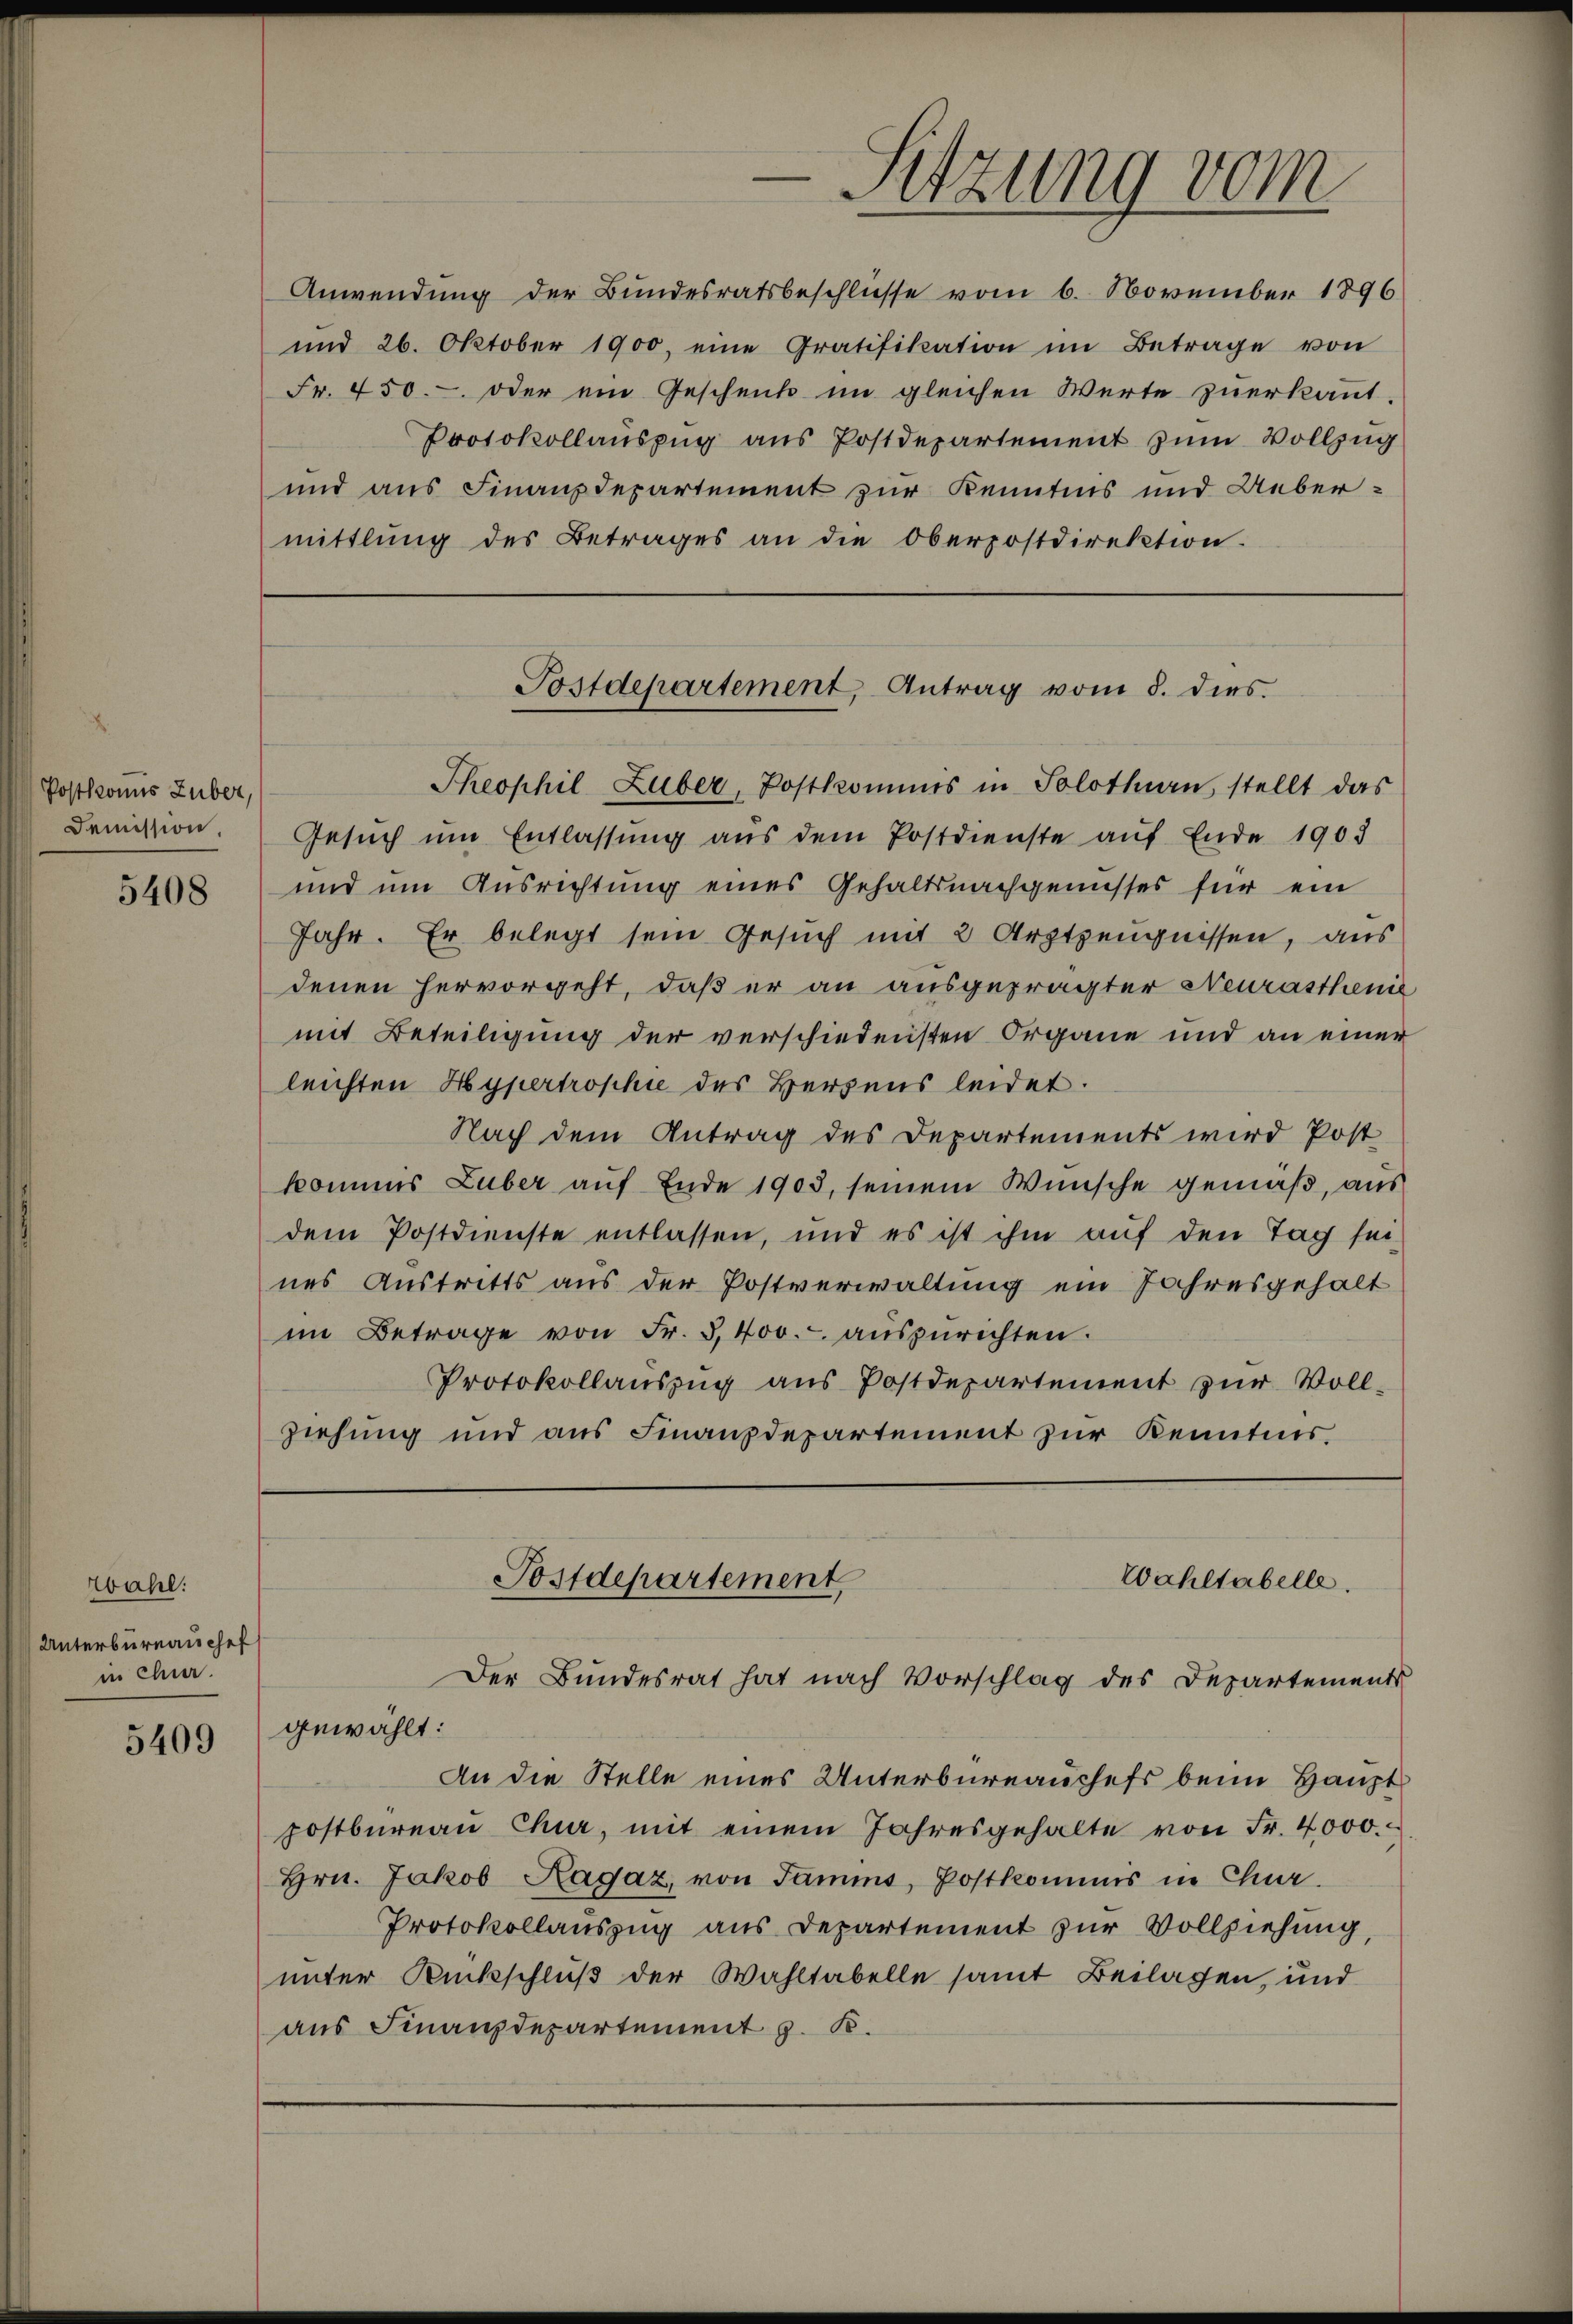
Postkonis Zuber,
Demission.

5408

zbahl:
Unterbureauches
in Chur.

5409

Sitzung vom

Anwendung der Bundesratsbeschlüsse vom 6. November 1896
und 26. Oktober 1900, eine Gratifikation im Betrage von
Fr. 450. oder ein Geschenk im gleichen Werte zuerkannt.
Protokollauszug aus Postdepartement zum Vollzug
und aus Finanzdepartement zur Kenntnis und Uebermittlung des Betrages an die Oberpostdirektion.

Theophil Luber, Postkommis in Solothurn, stellt das
Gesuch um Entlassung aus dem Postdienste auf Ende 1905
und um Ausrichtung eines Gehaltsnachgenusses für ein
Jahr. Er belegt sein Gesuch mit 2 Arztzeugnissen, aus
denen hervorgeht, daß er an ausgeprägter Neurasthenie
mit Beteiligung der verschiedensten Organe und an einer
leichten Hypertrophie des Herzens leidet.
Nach dem Antrag des Departements wird Post
kommes Luber aŭf Ende 1903, seinem Wünsche gemäß, aus
dem Postdienste entlassen, und es ist ihm auf den Tag sei
nes Austritts aus der Postverwaltung ein Jahresgehalt
im Betrage von Fr. 3400. auszurichten.
Protokollauszug aus Postdepartement zur Voll-
ziehung und aus Finanzdepartement zur Kenntnis.

Postdepartement, Antrag vom 8. dies

Postdepartement,
Der Bundesrat hat nach Vorschlag des Departements

Wahltabelle.
gewählt:
An die Stelle eines Unterbüreauschefs beim Haupt
postbüreaŭ Chur, mit einem Jahresgehalte von Fr. 4000.
Hrn. Jakob Ragaz, von Jamms, Postkommis in Chur.
Protokollauszug aus Departement zur Vollziehung
unter Rückschluß der Wahltabelle samt Beilagen, und
aus Finanzdepartement z. B.